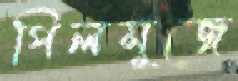
পিলসুজে